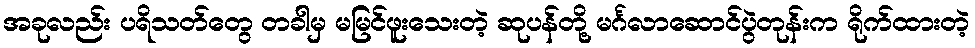
အခုလည်း ပရိသတ်တွေ တခါမှ မမြင်ဖူးသေးတဲ့ ဆုပန်တို့ မင်္ဂလာဆောင်ပွဲတုန်းက ရိုက်ထားတဲ့